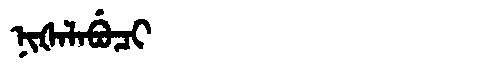
Manchu: ᠨᡳᡧᠠᠯᠠᠪᡠᠴᡳ
Romanization: NIŠALABUCI